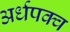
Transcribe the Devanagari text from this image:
अर्धपक्व